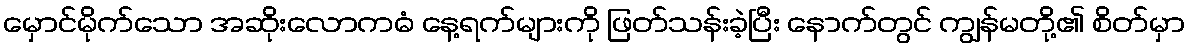
မှောင်မိုက်သော အဆိုးလောကဓံ နေ့ရက်များကို ဖြတ်သန်းခဲ့ပြီး နောက်တွင် ကျွန်မတို့၏ စိတ်မှာ